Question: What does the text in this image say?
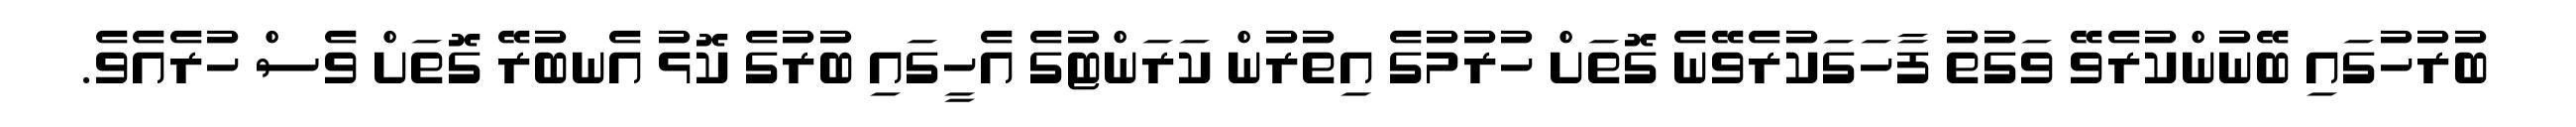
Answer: ބުރުހުގައި ބޭނުންކުރެވޭ ވަގުތު ފާހަގަކުރެވޭނެ ގޮތަށް ހުރުމުގެ އިތުރުން ކަރަންޓުގެ އެހީގައި ބުރުގެ ކޮޅު އެނބުރޭ ގޮތަށް ވެސް ހުރެއެވެ.